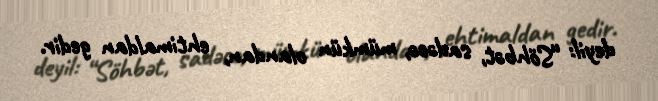
deyil: “Söhbət, sadəcə, mümkün olandan, ehtimaldan gedir.